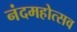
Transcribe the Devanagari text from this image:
नंदमहोत्सव